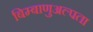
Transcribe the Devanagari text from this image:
बिम्बाणुअल्पता